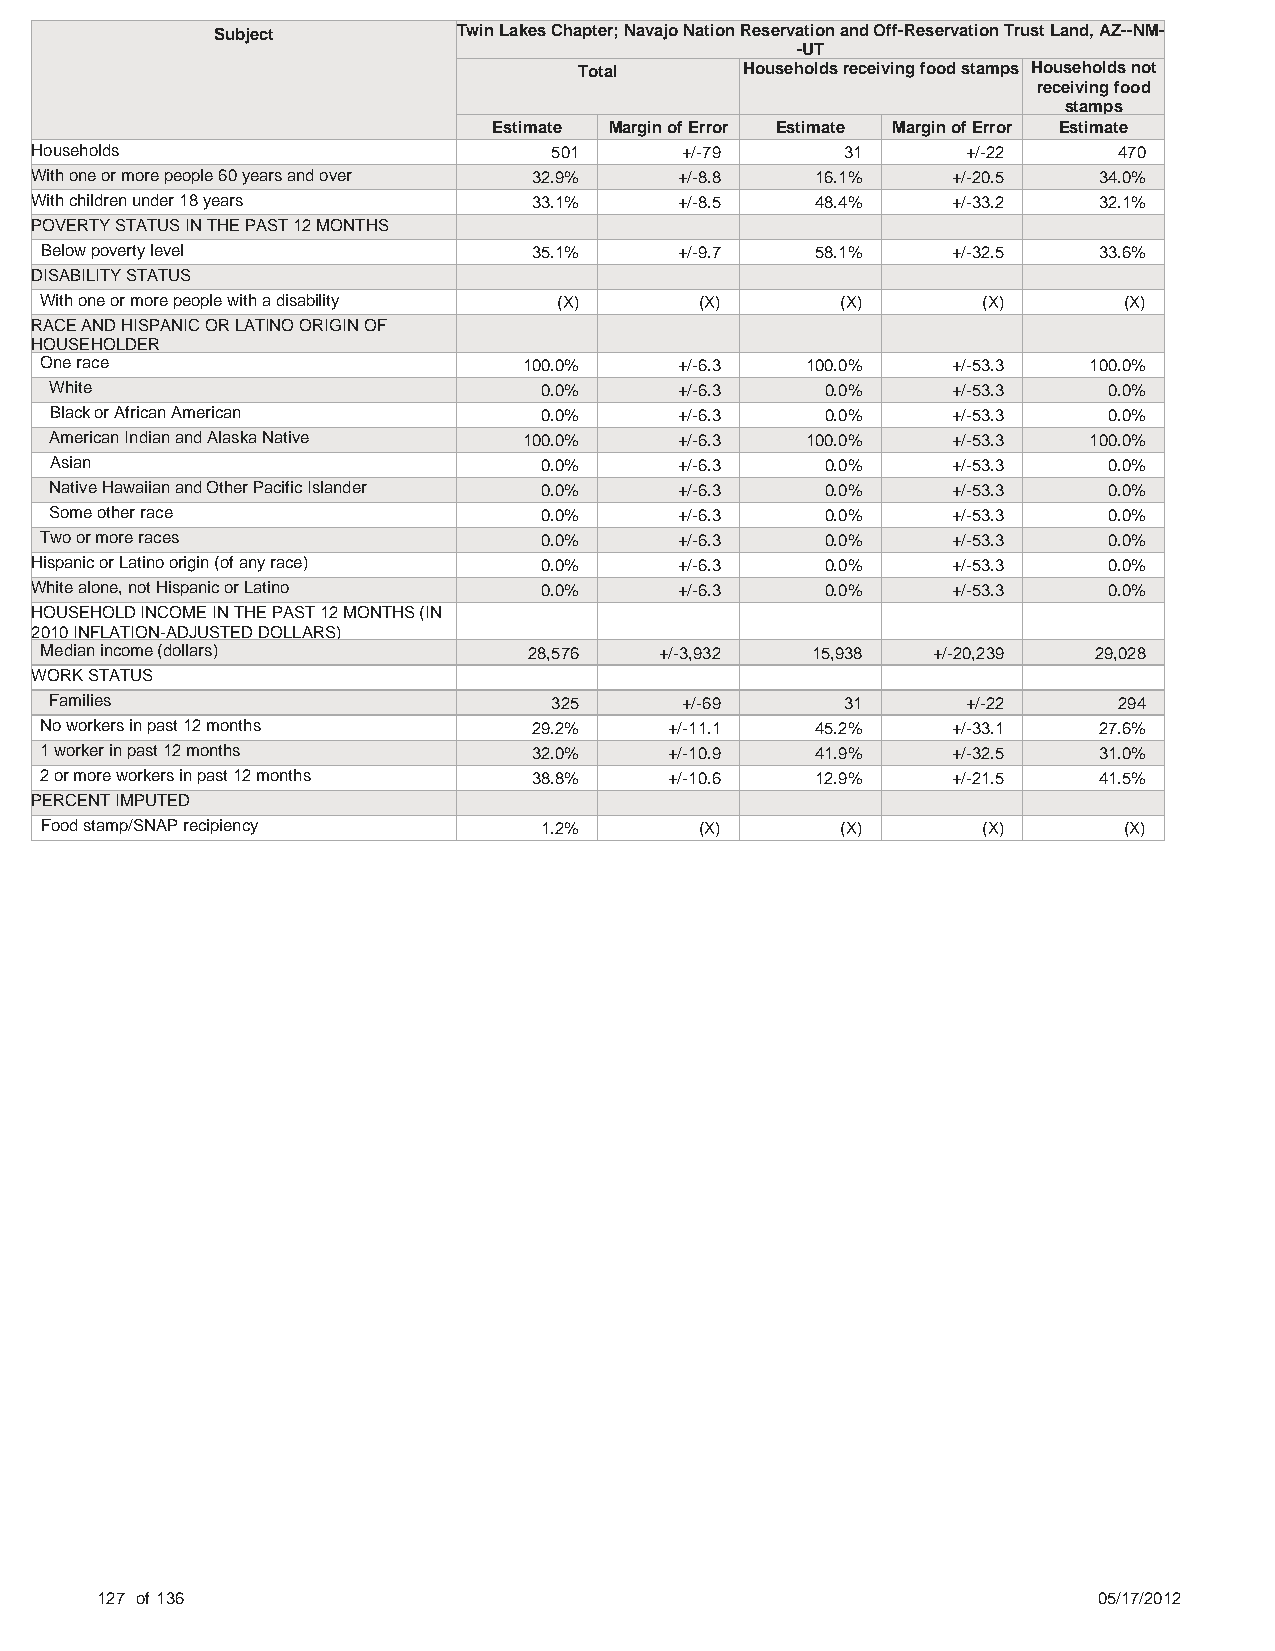
Subject         Twin Lakes Chapter; Navajo Nation Reservation and Off-Reservation Trust Land, AZ--NM-
 -UT
 Total      Households receiving food stamps Households not
 receiving food
 stamps
 Estimate Margin of Error Estimate Margin of Error Estimate
 Households                         501     +/-79      31      +/-22     470
 With one or more people 60 years and over 32.9% +/-8.8 16.1% +/-20.5   34.0%
 With children under 18 years     33.1%     +/-8.5   48.4%    +/-33.2   32.1%
 POVERTY STATUS IN THE PAST 12 MONTHS
 Below poverty level             35.1%     +/-9.7   58.1%    +/-32.5   33.6%
 DISABILITY STATUS
 With one or more people with a disability (X) (X)    (X)      (X)      (X)
 RACE AND HISPANIC OR LATINO ORIGIN OF
 HOUSEHOLDER
 One race                        100.0%    +/-6.3  100.0%    +/-53.3  100.0%
 White                            0.0%     +/-6.3    0.0%    +/-53.3   0.0%
 Black or African American        0.0%     +/-6.3    0.0%    +/-53.3   0.0%
 American Indian and Alaska Native 100.0%  +/-6.3  100.0%    +/-53.3  100.0%
 Asian                            0.0%     +/-6.3    0.0%    +/-53.3   0.0%
 Native Hawaiian and Other Pacific Islander 0.0% +/-6.3 0.0% +/-53.3   0.0%
 Some other race                  0.0%     +/-6.3    0.0%    +/-53.3   0.0%
 Two or more races                0.0%     +/-6.3    0.0%    +/-53.3   0.0%
 Hispanic or Latino origin (of any race) 0.0% +/-6.3  0.0%    +/-53.3   0.0%
 White alone, not Hispanic or Latino 0.0%   +/-6.3    0.0%    +/-53.3   0.0%
 HOUSEHOLD INCOME IN THE PAST 12 MONTHS (IN
 2010 INFLATION-ADJUSTED DOLLARS)
 Median income (dollars)         28,576   +/-3,932  15,938  +/-20,239 29,028
 WORK STATUS
 Families                          325     +/-69      31      +/-22     294
 No workers in past 12 months    29.2%    +/-11.1   45.2%    +/-33.1   27.6%
 1 worker in past 12 months      32.0%    +/-10.9   41.9%    +/-32.5   31.0%
 2 or more workers in past 12 months 38.8% +/-10.6  12.9%    +/-21.5   41.5%
 PERCENT IMPUTED
 Food stamp/SNAP recipiency       1.2%      (X)       (X)      (X)      (X)
 127 of 136                                                         05/17/2012